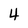
Character: 4